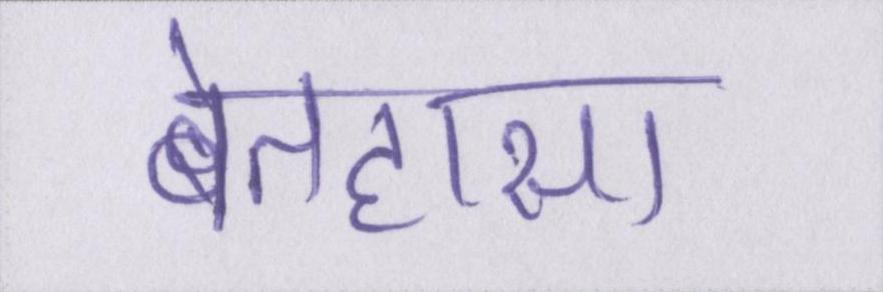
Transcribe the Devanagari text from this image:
बेतहासा